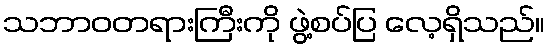
သဘာဝတရားကြီးကို ဖွဲ့စပ်ပြ လေ့ရှိသည်။